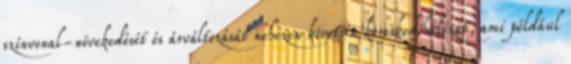
színvonal-növekedését és árváltozását nehezen követi a kereskedőhálózat, ami például